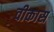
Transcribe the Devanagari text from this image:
वीकास